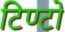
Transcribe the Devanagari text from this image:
टिण्टो